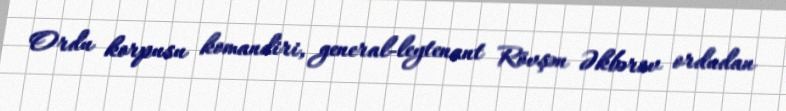
Ordu korpusu komandiri, general-leytenant Rövşən Əkbərov ordudan